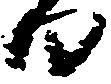
日